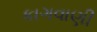
કાગવાણી